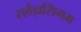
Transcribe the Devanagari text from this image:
सर्वज्ञसिंगम